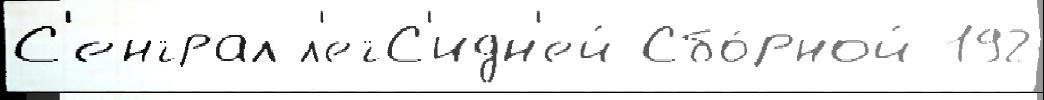
С'ентрал л'етС'идн'ей Сбо́рной 192